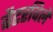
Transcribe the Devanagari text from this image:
बैटरविले